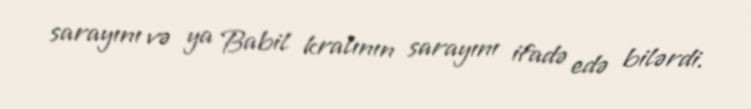
sarayını və ya Babil kralının sarayını ifadə edə bilərdi.